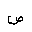
Letter: _sad